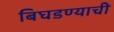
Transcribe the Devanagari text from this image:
बिघडण्याची